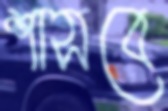
শাসবে